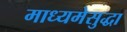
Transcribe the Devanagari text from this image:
माध्यमेसुद्धा